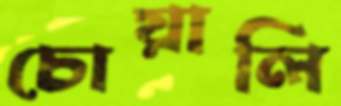
চোয়ালি